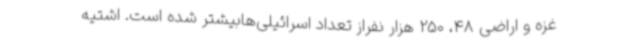
غزه و اراضی 48، 250 هزار نفراز تعداد اسرائیلی‌هابیشتر شده است. اشتیه